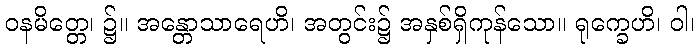
ဝနမိတ္တေ၊ ၌။ အန္တောသာရေဟိ၊ အတွင်း၌ အနှစ်ရှိကုန်သော။ ရုက္ခေဟိ၊ ဝါ၊